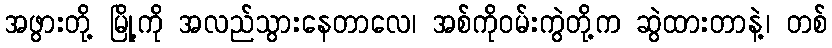
အဖွားတို့ မြို့ကို အလည်သွားနေတာလေ၊ အစ်ကိုဝမ်းကွဲတို့က ဆွဲထားတာနဲ့၊ တစ်